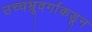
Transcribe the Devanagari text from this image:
उच्चभ्रूवर्गाकडून